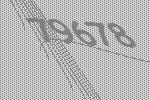
79678